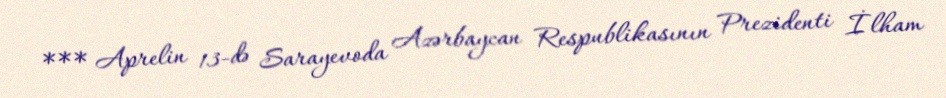
*** Aprelin 13-də Sarayevoda Azərbaycan Respublikasının Prezidenti İlham